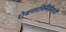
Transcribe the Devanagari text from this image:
रोजगारनिर्मितीसाठी